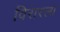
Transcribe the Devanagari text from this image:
विरारला